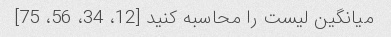
میانگین لیست را محاسبه کنید [12، 34، 56، 75]